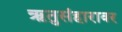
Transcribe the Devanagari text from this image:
ऋतुसंहारावर